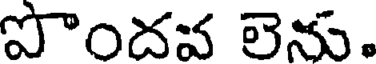
పొందవ లెను.